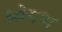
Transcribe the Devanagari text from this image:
ओपथ